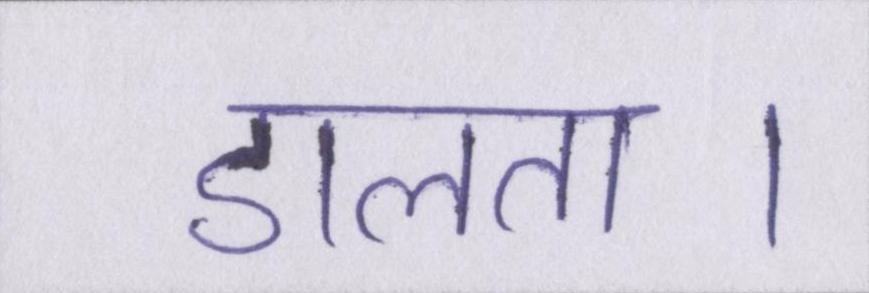
डालता।